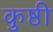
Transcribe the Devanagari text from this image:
कुष्ठी